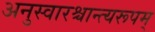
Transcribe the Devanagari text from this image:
अनुस्वारश्चान्त्यरूपम्